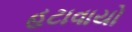
હટાવાયો